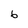
Character: 6